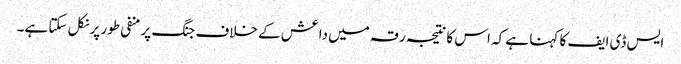
ایس ڈی ایف کا کہنا ہے کہ اس کا نتیجہ رقہ میں داعش کے خلاف جنگ پر منفی طور پر نکل سکتا ہے۔